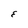
Character: E